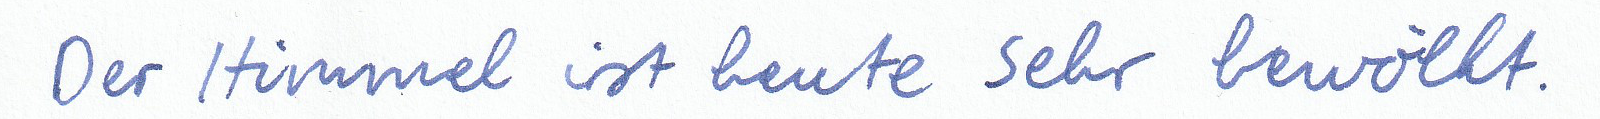
Der Himmel ist heute sehr bewölkt.